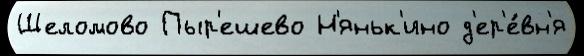
Шеломово Пыр'ешево Н'яньк'ино д'ер'е́вн'я